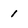
Character: 1